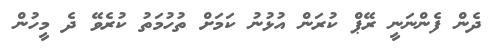
ދެން ފެންނަނީ ރޭޕް ކުރަން އުޅުނު ކަމަށް ތުހުމަތު ކުރެވޭ ދެ މީހުން